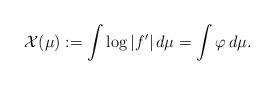
LaTeX: \begin{align*}\mathcal{X}(\mu):= \int \log\,\lvert f'\rvert\,d\mu= \int\varphi\,d\mu.\end{align*}